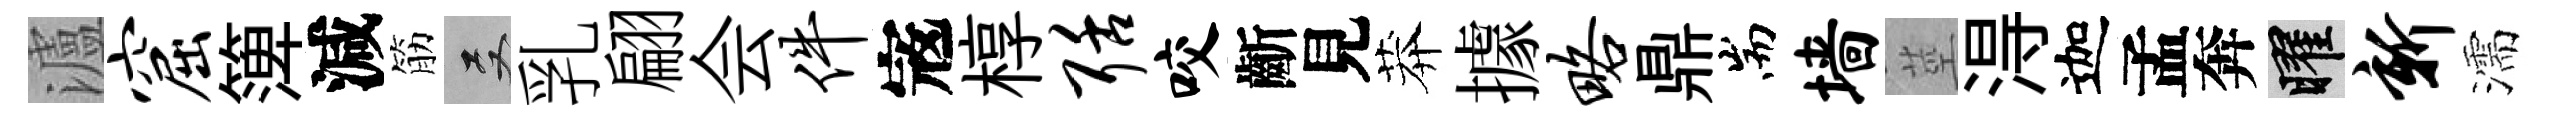
瀘窟𥱼減筋双乳翩会件𡨥椁聒咬齗見莽據略鼎耑墙莖淂迦孟奔曜新濡